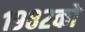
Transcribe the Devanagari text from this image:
१९८२को